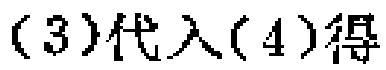
(3)代入(4)得